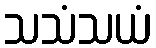
သသံသယံ